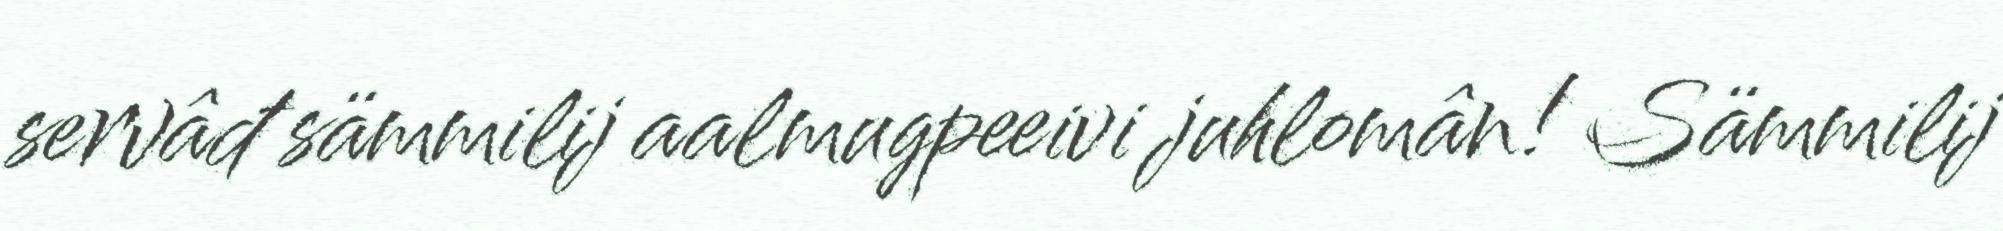
servâđ sämmilij aalmugpeeivi juhlomân! Sämmilij